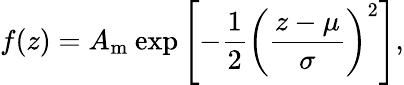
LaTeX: f(z)=A_{\mathrm{m}}\: \mathrm{exp}\left[-\frac{1}{2}\left(\frac{z-\mu}{\sigma}\right)^{2}\right],